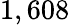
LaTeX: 1,608